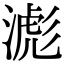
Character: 滮